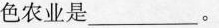
色农业是___。